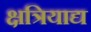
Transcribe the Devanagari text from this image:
क्षत्रियाद्य